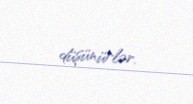
düşünürlər.